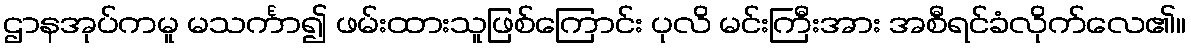
ဌာနအုပ်ကမူ မသင်္ကာ၍ ဖမ်းထားသူဖြစ်ကြောင်း ပုလိ မင်းကြီးအား အစီရင်ခံလိုက်လေ၏။